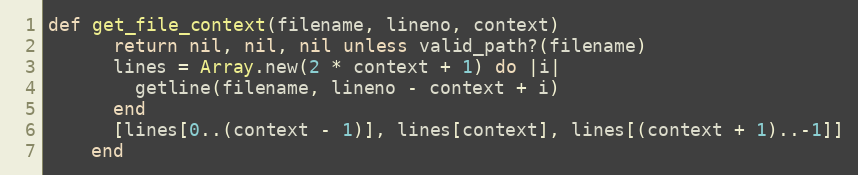
Language: Ruby
def get_file_context(filename, lineno, context)
      return nil, nil, nil unless valid_path?(filename)
      lines = Array.new(2 * context + 1) do |i|
        getline(filename, lineno - context + i)
      end
      [lines[0..(context - 1)], lines[context], lines[(context + 1)..-1]]
    end